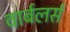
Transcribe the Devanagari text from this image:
वार्बलर्स